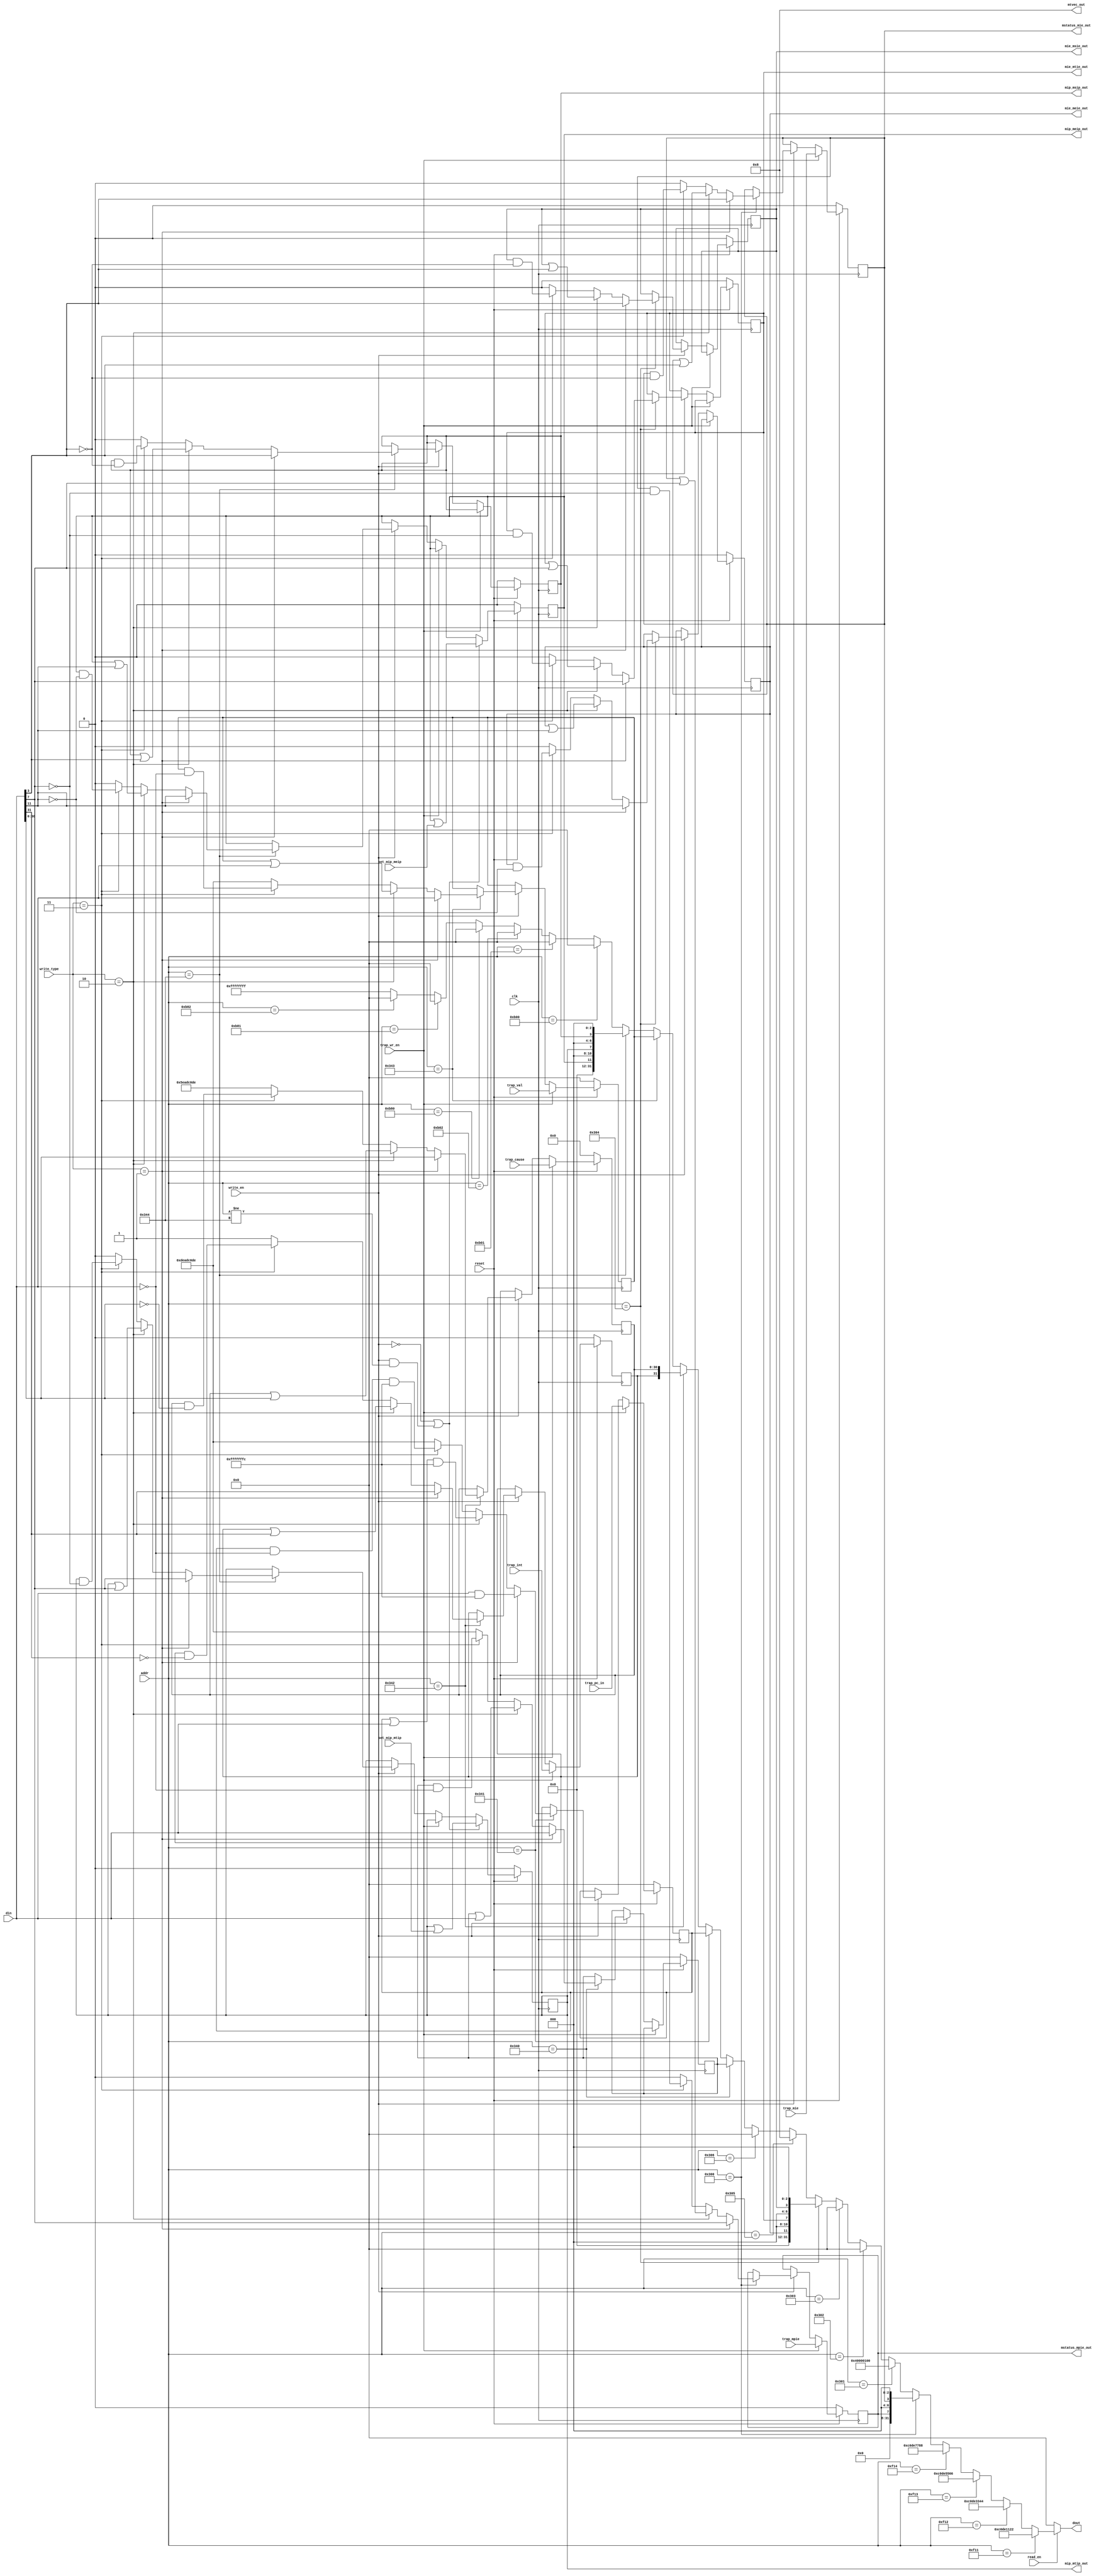
`timescale 1ns / 1ns

module csr_reg(
    input         clk,
    input         reset,

    // Data In/Out
    input [31:0]  din,
    input [11:0]  addr,
    input         write_en,
    input [1:0]   write_type,
    input         read_en,

    output [31:0] dout,

    // Control In
    input         trap_mie,
    input         trap_mpie,
    input [31:0]  trap_pc_in,
    input         trap_int,
    input [30:0]  trap_cause,
    input [31:0]  trap_val,
    input         trap_wr_en,

    input         set_mip_mtip,
    input         set_mip_meip,

    //Control Out
    output        mstatus_mie_out,
    output        mstatus_mpie_out,

    output        mip_msip_out,
    output        mip_mtip_out,
    output        mip_meip_out,

    output        mie_msie_out,
    output        mie_mtie_out,
    output        mie_meie_out,

    output [31:0] mtvec_out
    );

    wire [31:0] dout_temp;

    wire [31:0] wire_mvendorid;
    wire [31:0] wire_marchid;
    wire [31:0] wire_mimpid;
    wire [31:0] wire_mhartid;

    wire [31:0] wire_mstatus;
    wire [31:0] wire_misa;
    wire [31:0] wire_medelg;
    wire [31:0] wire_midelg;
    wire [31:0] wire_mie;
    wire [31:0] wire_mtvec;
    wire [31:0] wire_mcouteren;

    wire [31:0] wire_mscratch;
    wire [31:0] wire_mepc;
    wire [31:0] wire_mcause;
    wire [31:0] wire_mtval;
    wire [31:0] wire_mip;

    wire [63:0] wire_mcycle;
    wire [63:0] wire_mtime;
    wire [63:0] wire_minstret;

    // Machine-Mode Status
    reg mstatus_mie;
    reg mstatus_mpie;

    // Machine ISA
    localparam [1:0] misa_mxl = 'h1;
    localparam [25:0] misa_ext = 'h100;

    // Machine Trap-Vector Base-Address
    localparam [31:2] mtvec_base = 'h2;
    localparam [1:0] mtvec_mode = 'd0;

    // Machine Interrupt-Pending
    reg mip_msip;
    reg mip_mtip;
    reg mip_meip;

    // Machine Interrupt-Enable
    reg mie_msie;
    reg mie_mtie;
    reg mie_meie;

    // Machine-Mode Scratch
    reg [31:0] mscratch;

    // Machine Exception Program Counter
    reg [31:0] mepc;

    // Machine Cause
    reg mcause_int;
    reg [30:0] mcause_code;

    // Machine Trap Value
    reg [31:0] mtval;


    initial begin
        mstatus_mie = 'd0;
        mstatus_mpie = 'd0;

        mip_msip = 'd0;
        mip_mtip = 'd0;
        mip_meip = 'd0;

        mie_msie = 'd0;
        mie_mtie = 'd0;
        mie_meie = 'd0;

        mscratch = 'd0;

        mepc = 'd0;

        mcause_int = 'd0;
        mcause_code = 'd0;

        mtval = 'd0;
    end

    always @(posedge clk) begin
        if (reset == 'd0) begin
            mstatus_mie <= 'd0;
            mstatus_mpie <= 'd0;

            mip_msip <= 'd0;
            mip_mtip <= 'd0;
            mip_meip <= 'd0;

            mie_msie <= 'd0;
            mie_mtie <= 'd0;
            mie_meie <= 'd0;

            mscratch <= 'd0;

            mepc <= 'd0;

            mcause_int <= 'd0;
            mcause_code <= 'd0;

            mtval <= 'd0;
        end else begin
            if (trap_wr_en == 'd1) begin
                mstatus_mie <= trap_mie;
                mstatus_mpie <= trap_mpie;

                mepc <= trap_pc_in;
                mcause_int <= trap_int;
                mcause_code <= trap_cause;
                mtval <= trap_val;
            end else if (write_en == 'd1) begin
                case (addr)
                  'h300:
                    begin
                        if (write_type == 'd1) begin
                            mstatus_mie <= din[3];
                            mstatus_mpie <= din[7];
                        end else if (write_type == 'd2) begin
                            mstatus_mie <= mstatus_mie | din[3];
                            mstatus_mpie <= mstatus_mie | din[7];
                        end else if (write_type == 'd3) begin
                            mstatus_mie <= mstatus_mie & (~din[3]);
                            mstatus_mpie <= mstatus_mie & (~din[7]);
                        end else begin
                            mstatus_mie <= 'd0;
                            mstatus_mpie <= 'd0;
                        end
                    end
                  'h304:
                    begin
                        if (write_type == 'd1) begin
                            mie_msie <= din[3];
                            mie_mtie <= din[7];
                            mie_meie <= din[11];
                        end else if (write_type == 'd2) begin
                            mie_msie <= mie_msie | din[3];
                            mie_mtie <= mie_mtie | din[7];
                            mie_meie <= mie_meie | din[11];
                        end else if (write_type == 'd3) begin
                            mie_msie <= mie_msie & (~din[3]);
                            mie_mtie <= mie_mtie & (~din[7]);
                            mie_meie <= mie_meie & (~din[11]);
                        end else begin
                            mie_msie <= 0;
                            mie_mtie <= 0;
                            mie_meie <= 0;
                        end
                    end
                  //'h306: mcouteren <= din;
                  'h340: 
                    begin
                        if (write_type == 'd1) begin
                            mscratch <= din;
                        end else if (write_type == 'd2) begin
                            mscratch <= mscratch | din;
                        end else if (write_type == 'd3) begin
                            mscratch <= mscratch & (~din);
                        end else begin
                            mscratch <= 'hDEADC0DE;
                        end
                    end
                  'h341:
                    begin
                        if (write_type == 'd1) begin
                            mepc <= din & 'hFFFFFFFC;
                        end else if (write_type == 'd2) begin
                            mepc <= (mepc | din) & 'hFFFFFFFC;
                        end else if (write_type == 'd3) begin
                            mepc <= (mepc & (~din)) & 'hFFFFFFFC;
                        end else begin
                            mepc <= 'hDEADC0DE;
                        end
                    end
                  'h342:
                    begin
                        if (write_type == 'd1) begin
                            mcause_int <= din[31];
                            mcause_code <= din[30:0];
                        end else if (write_type == 'd2) begin
                            mcause_int <= mcause_int | din[31];
                            mcause_code <= mcause_code | din[30:0];
                        end else if (write_type == 'd3) begin
                            mcause_int <= mcause_int & (~din[31]);
                            mcause_code <= mcause_code & (~din[30:0]);
                        end else begin
                            mcause_int <= 'd1;
                            mcause_code <= 'h5EADC0DE;
                        end
                    end
                  'h343:
                    begin
                        if (write_type == 'd1) begin
                            mtval <= din;
                        end else if (write_type == 'd2) begin
                            mtval <= mtval | din;
                        end else if (write_type == 'd3) begin
                            mtval <= mtval & (~din);
                        end else begin
                            mtval <= 'hDEADC0DE;
                        end
                    end
                  'h344: 
                    begin
                        if (write_type == 'd1) begin
                            mip_msip <= din[3];
                            mip_mtip <= din[7];
                            mip_meip <= din[11];
                        end else if (write_type == 'd2) begin
                            mip_msip <= mip_msip | din[3];
                            mip_mtip <= mip_mtip | din[7];
                            mip_meip <= mip_meip | din[11];
                        end else if (write_type == 'd3) begin
                            mip_msip <= (mip_msip & (~din[3]));
                            mip_mtip <= (mip_mtip & (~din[7]));
                            mip_meip <= (mip_meip & (~din[11]));
                        end else begin
                            mip_msip <= 'd0;
                            mip_mtip <= 'd0;
                            mip_meip <= 'd0;
                        end
                    end
                  //'hB00: mcycle[31:0] <= din;
                  //'hB01: mtime[31:0] <= din;
                  //'hB02: minstreg[31:0] <= din;
                  //'hB80: mcycle[63:32] <= din;
                  //'hB81: mtime[63:32] <= din;
                  //'hB82: minstreg[63:32] <= din;
                endcase
            end
            if ((write_en == 'd0) ||
                (write_en == 'd1 && addr != 'h344)) begin
                mip_mtip <= mip_mtip | set_mip_mtip;
                mip_meip <= mip_meip | set_mip_meip;
            end
        end
    end

    // Control Out
    assign mstatus_mie_out = mstatus_mie;
    assign mstatus_mpie_out = mstatus_mpie;

    assign mip_msip_out = mip_msip;
    assign mip_mtip_out = mip_mtip;
    assign mip_meip_out = mip_meip;

    assign mie_msie_out = mie_msie;
    assign mie_mtie_out = mie_mtie;
    assign mie_meie_out = mie_meie;

    assign mtvec_out = {wire_mtvec[31:2], 2'b0};


    // Data Out
    assign wire_mvendorid = 'hC0DE1122;
    assign wire_marchid = 'hC0DE3344;
    assign wire_mimpid = 'hC0DE5566;
    assign wire_mhartid = 'hC0DE7788;

    assign wire_mstatus = {24'b0, mstatus_mpie, 3'b0, mstatus_mie, 3'b0};
    assign wire_misa = {misa_mxl, 4'b0, misa_ext};

    assign wire_mtvec = {mtvec_base, mtvec_mode};

    assign wire_medelg = 'd0;
    assign wire_midelg = 'd0;

    assign wire_mip = {20'b0, mip_meip, 3'b0, mip_mtip, 3'b0, mip_msip, 3'b0};
    assign wire_mie = {20'b0, mie_meie, 3'b0, mie_mtie, 3'b0, mie_msie, 3'b0};

    // TODO: Implement performance counters
    assign wire_mtime = 'd0;
    assign wire_mcycle = 'd0;
    assign wire_minstret = 'd0;

    assign wire_mcouteren = 'd0;

    assign wire_mscratch = mscratch;

    assign wire_mepc = mepc;

    assign wire_mcause = {mcause_int, mcause_code};

    assign wire_mtval = mtval;

    assign dout_temp = (addr == 'hF11) ? wire_mvendorid :
                       (addr == 'hF12) ? wire_marchid :
                       (addr == 'hF13) ? wire_mimpid :
                       (addr == 'hF14) ? wire_mhartid :
                       (addr == 'h300) ? wire_mstatus :
                       (addr == 'h301) ? wire_misa :
                       (addr == 'h302) ? wire_medelg :
                       (addr == 'h303) ? wire_midelg :
                       (addr == 'h304) ? wire_mie :
                       (addr == 'h305) ? wire_mtvec :
                       (addr == 'h306) ? wire_mcouteren :
                       (addr == 'h340) ? wire_mscratch :
                       (addr == 'h341) ? wire_mepc :
                       (addr == 'h342) ? wire_mcause :
                       (addr == 'h343) ? wire_mtval :
                       (addr == 'h344) ? wire_mip :
                       (addr == 'hB00) ? wire_mcycle[31:0] :
                       (addr == 'hB01) ? wire_mtime[31:0] :
                       (addr == 'hB02) ? wire_minstret[31:0] :
                       (addr == 'hB80) ? wire_mcycle[63:32] :
                       (addr == 'hB81) ? wire_mtime[63:32] :
                       (addr == 'hB82) ? wire_minstret[63:32] :
                       'hFFFFFFFF;

    assign dout = (read_en == 'd0) ? 'd0 : dout_temp;

endmodule